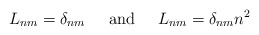
\begin{align*}L_{nm} = \delta_{nm} \;\;\;\;\; {\rm and} \;\;\;\;\;L_{nm} = \delta_{nm} n^2\end{align*}